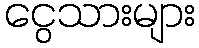
ငွေသားများ